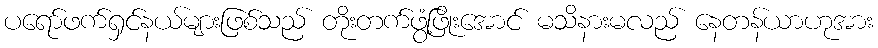
ပရော်ဖက်ရှင်နယ်များဖြစ်သည် တိုးတက်ဖွံ့ဖြိုးအောင် မသိနားမလည် နေတန်ယာဟုအား